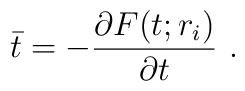
\bar t= -{\partial F(t;r_i)\over\partial t} \ .